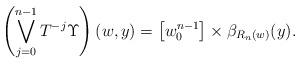
LaTeX: \begin{align*}\left(\bigvee_{j=0}^{n-1}T^{-j}\Upsilon\right)(w,y)=\left[w_{0}^{n-1}\right]\times\beta_{R_{n}(w)}(y).\end{align*}